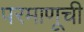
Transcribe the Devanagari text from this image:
परमाणूची